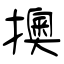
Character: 擙